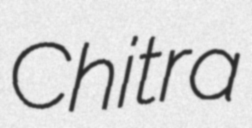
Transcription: Chitra